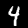
Digit: 4